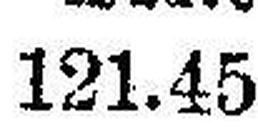
121.45